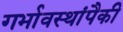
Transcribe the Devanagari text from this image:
गर्भावस्थांपैकी